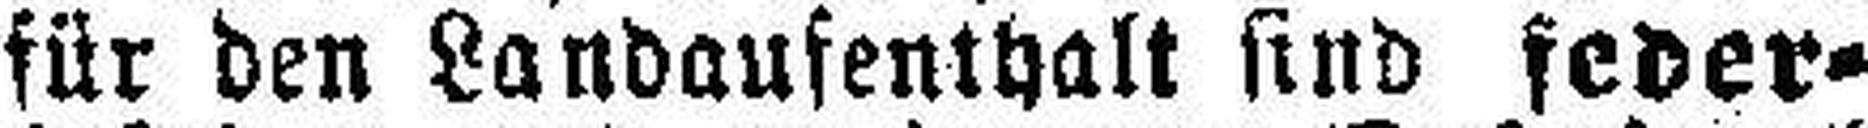
für den Landaufenthalt sind feder¬